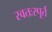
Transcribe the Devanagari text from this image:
स्वतःस्पूर्त